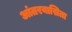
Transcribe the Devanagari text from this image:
आंतरवासिता